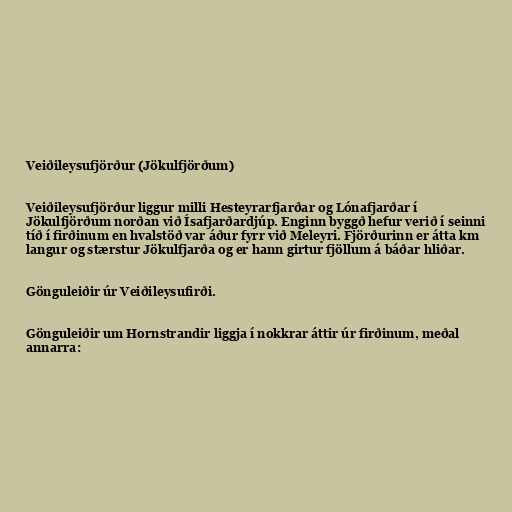
Veiðileysufjörður (Jökulfjörðum)

Veiðileysufjörður liggur milli Hesteyrarfjarðar og Lónafjarðar í
Jökulfjörðum norðan við Ísafjarðardjúp. Enginn byggð hefur verið í seinni
tíð í firðinum en hvalstöð var áður fyrr við Meleyri. Fjörðurinn er átta km
langur og stærstur Jökulfjarða og er hann girtur fjöllum á báðar hliðar.

Gönguleiðir úr Veiðileysufirði.

Gönguleiðir um Hornstrandir liggja í nokkrar áttir úr firðinum, meðal
annarra: